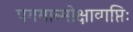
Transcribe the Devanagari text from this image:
पगमान्मोक्षावाप्तिः